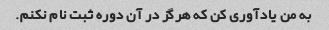
به من یادآوری کن که هرگز در آن دوره ثبت نام نکنم.